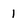
Character: 1